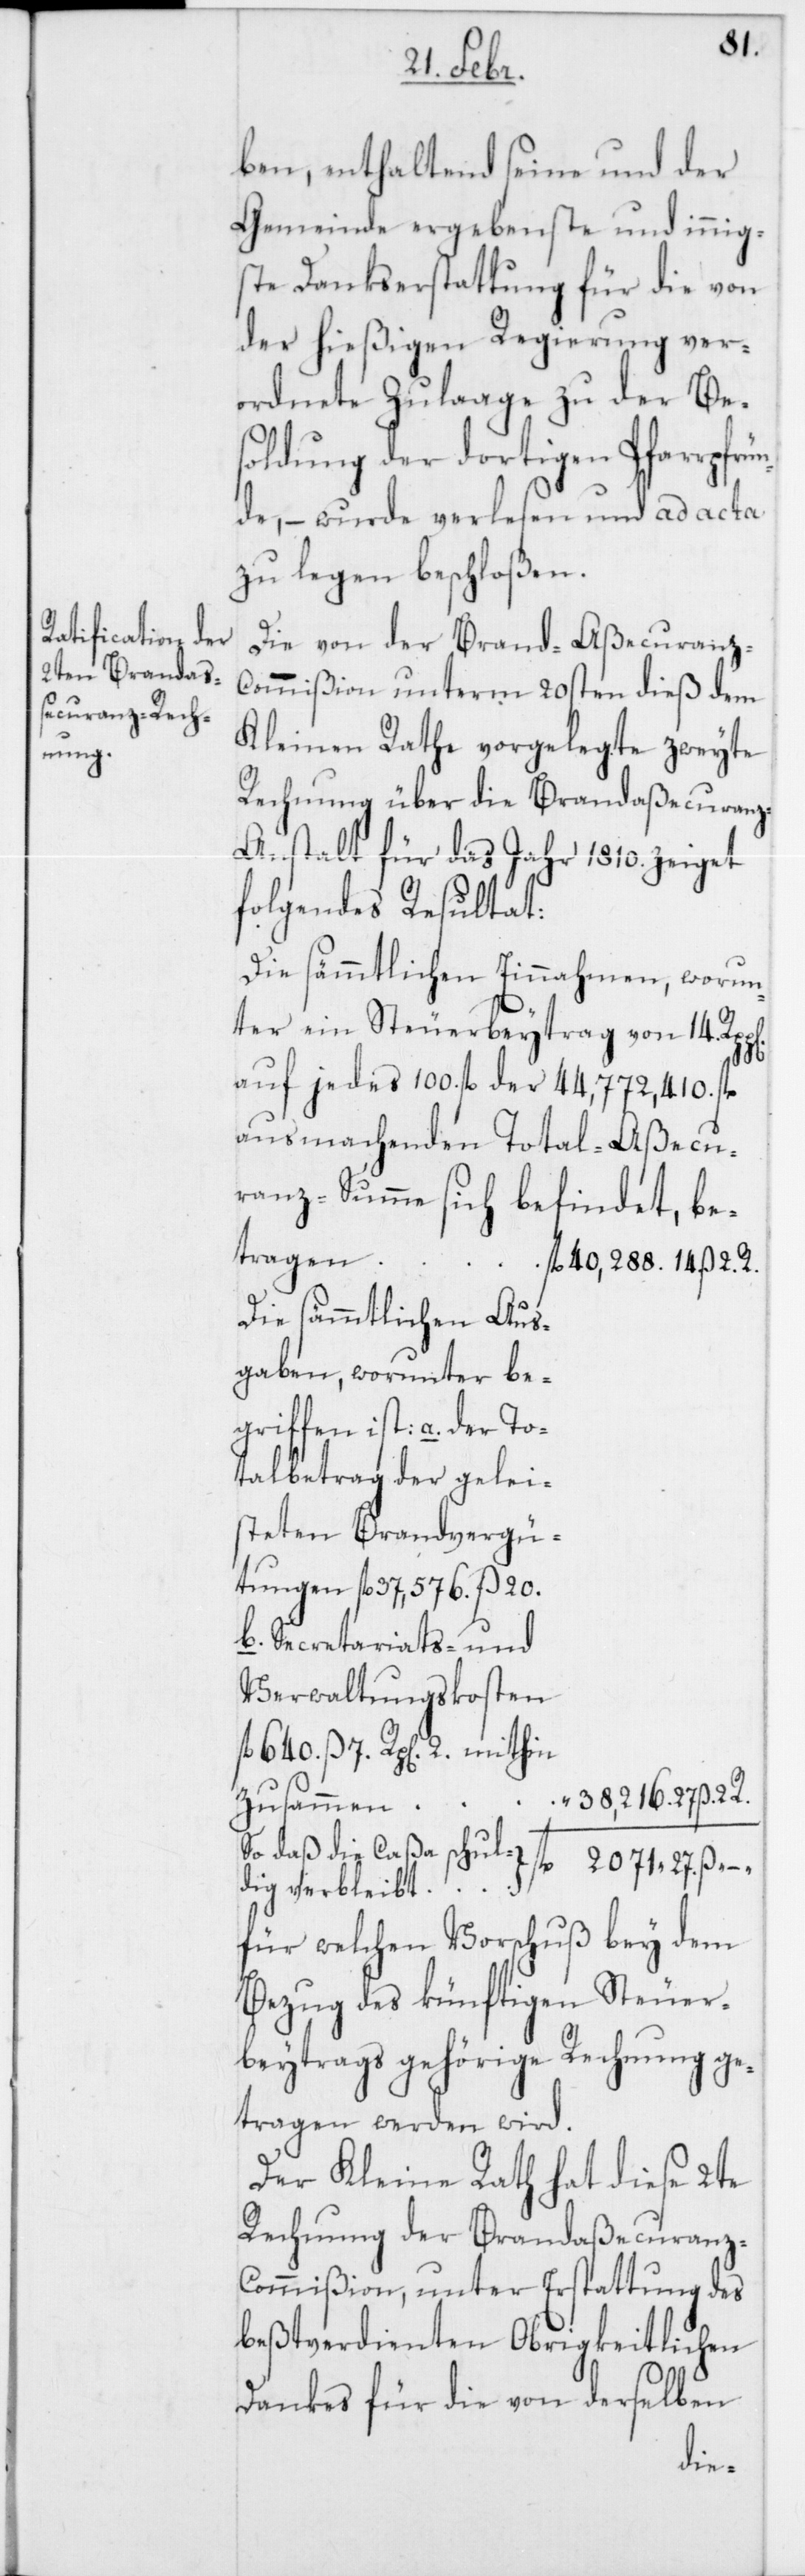
ben, enthaltend seine und der
Gemeinde ergebenste und innig¬
ste Dankserstattung für die von
der hießigen Regierung ver¬
ordnete Zulaage zu der Be¬
soldung der dortigen Pfarrpfrü¬
nde, – wurde verlesen und ad acta
zu legen beschloßen.
Die von der Brand-Aßecuranz-C¬
ommißion unterm 20sten dieß dem
Kleinen Rathe vorgelegte zweyte
Rechnung über die Brandaßecuran¬
z-Anstalt für das Jahr 1810. zeiget
folgendes Resultat:
Die sämmtlichen Einnahmen, worun¬
ter ein Steuerbeytrag von 14.
auf jedes 100. fl. der 44,772,410. fl.
ausmachenden Total-Aßecu¬
ranz-Summe sich befindet,
betragen
fl. 40,288. 14. ß 2. R.
Die sämmtlichen Aus¬
gaben, worunter be¬
griffen ist: a. der
Totalbetrag der gelei¬
steten Brandvergü¬
tungen fl. 37,576. ß 20.
b. Secretariats- und
Verwaltungskosten
fl. 640. ß 7. Rp[en]. 2. mithin
“ 38,216. 27. ß 2. R.
zusammen
so daß die Caßa schuldigt verbleibt fl. 2,071. 27.
für welchen Vorschuß bey dem
Bezug des künftigen Steuer¬
beytrags gehörige Rechnung ge¬
tragen werden wird.
Der Kleine Rath hat diese 2te
Rechnung der Brandaßecuranz-C¬
ommißion, unter Erstattung des
beßtverdienten Obrigkeitlichen
Dankes für die von derselben